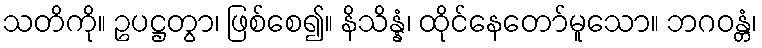
သတိကို။ ဥပဋ္ဌတွာ၊ ဖြစ်စေ၍။ နိသိန္နံ၊ ထိုင်နေတော်မူသော။ ဘဂဝန္တံ၊